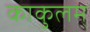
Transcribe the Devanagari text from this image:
काकुलम्